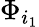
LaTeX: \Phi_{i_{1}}